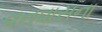
વનવાસના